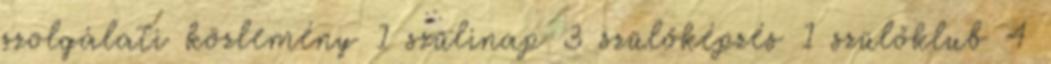
szolgálati közlemény 1 szülinap 3 szülőképzés 1 szülőklub 4